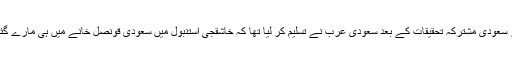
ترک اور سعودی مشترکہ تحقیقات کے بعد سعودی عرب نے تسلیم کر لیا تھا کہ خاشقجی استنبول میں سعودی قونصل خانے میں ہی مارے گئے تھے۔